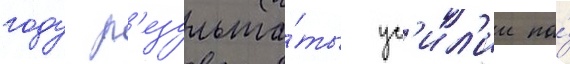
году р'езульта́ты ус'ил'ии по́